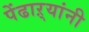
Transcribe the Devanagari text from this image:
पेंढाऱ्यांनी